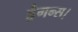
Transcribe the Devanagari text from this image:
ड्रैगन्स।